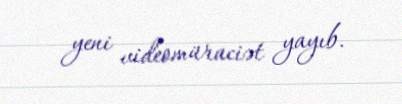
yeni videomüraciət yayıb.